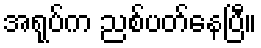
အရုပ်က ညစ်ပတ်နေပြီ။